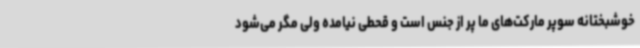
خوشبختانه سوپر مارکت‌های ما پر از جنس است و قحطی نیامده ولی مگر می‌شود